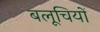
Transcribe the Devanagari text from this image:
बलूचियों